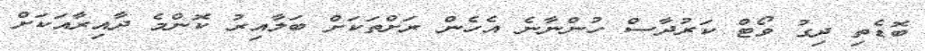
ބޮޑެތި ދިގު ވޯޓް ކަރުދާސް ހުންނާނެ އެހެން ރަށްތަކަށް ބަލާއިރު ކޮންމެ ދާއިރާއަކަށް